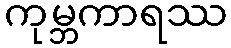
ကုမ္ဘကာရဿ